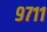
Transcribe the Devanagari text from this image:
९७११